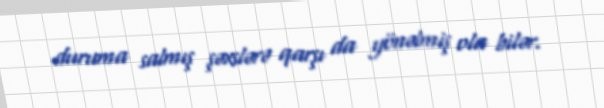
duruma salmış şəxslərə qarşı da yönəlmiş ola bilər.